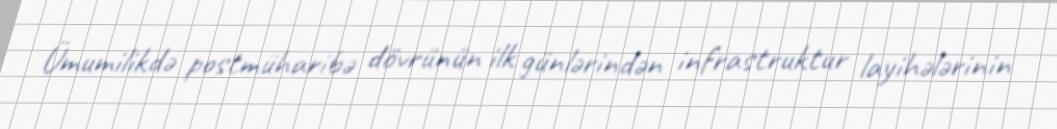
Ümumilikdə postmüharibə dövrünün ilk günlərindən infrastruktur layihələrinin